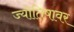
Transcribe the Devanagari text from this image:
ज्योतिषावर